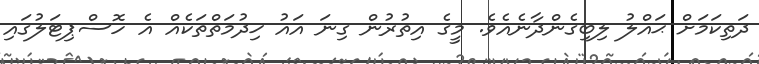
ދަތިކަމަށް ޙައްލު ލިބިގެންދާނެއެވެ. މީގެ އިތުރުން ގިނަ އައު ޚިދުމަތްތަކެއް އެ ހޮސްޕިޓަލުގައި